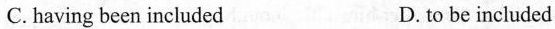
C. having been included D. to be included